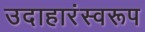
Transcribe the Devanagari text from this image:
उदाहारंस्वरूप